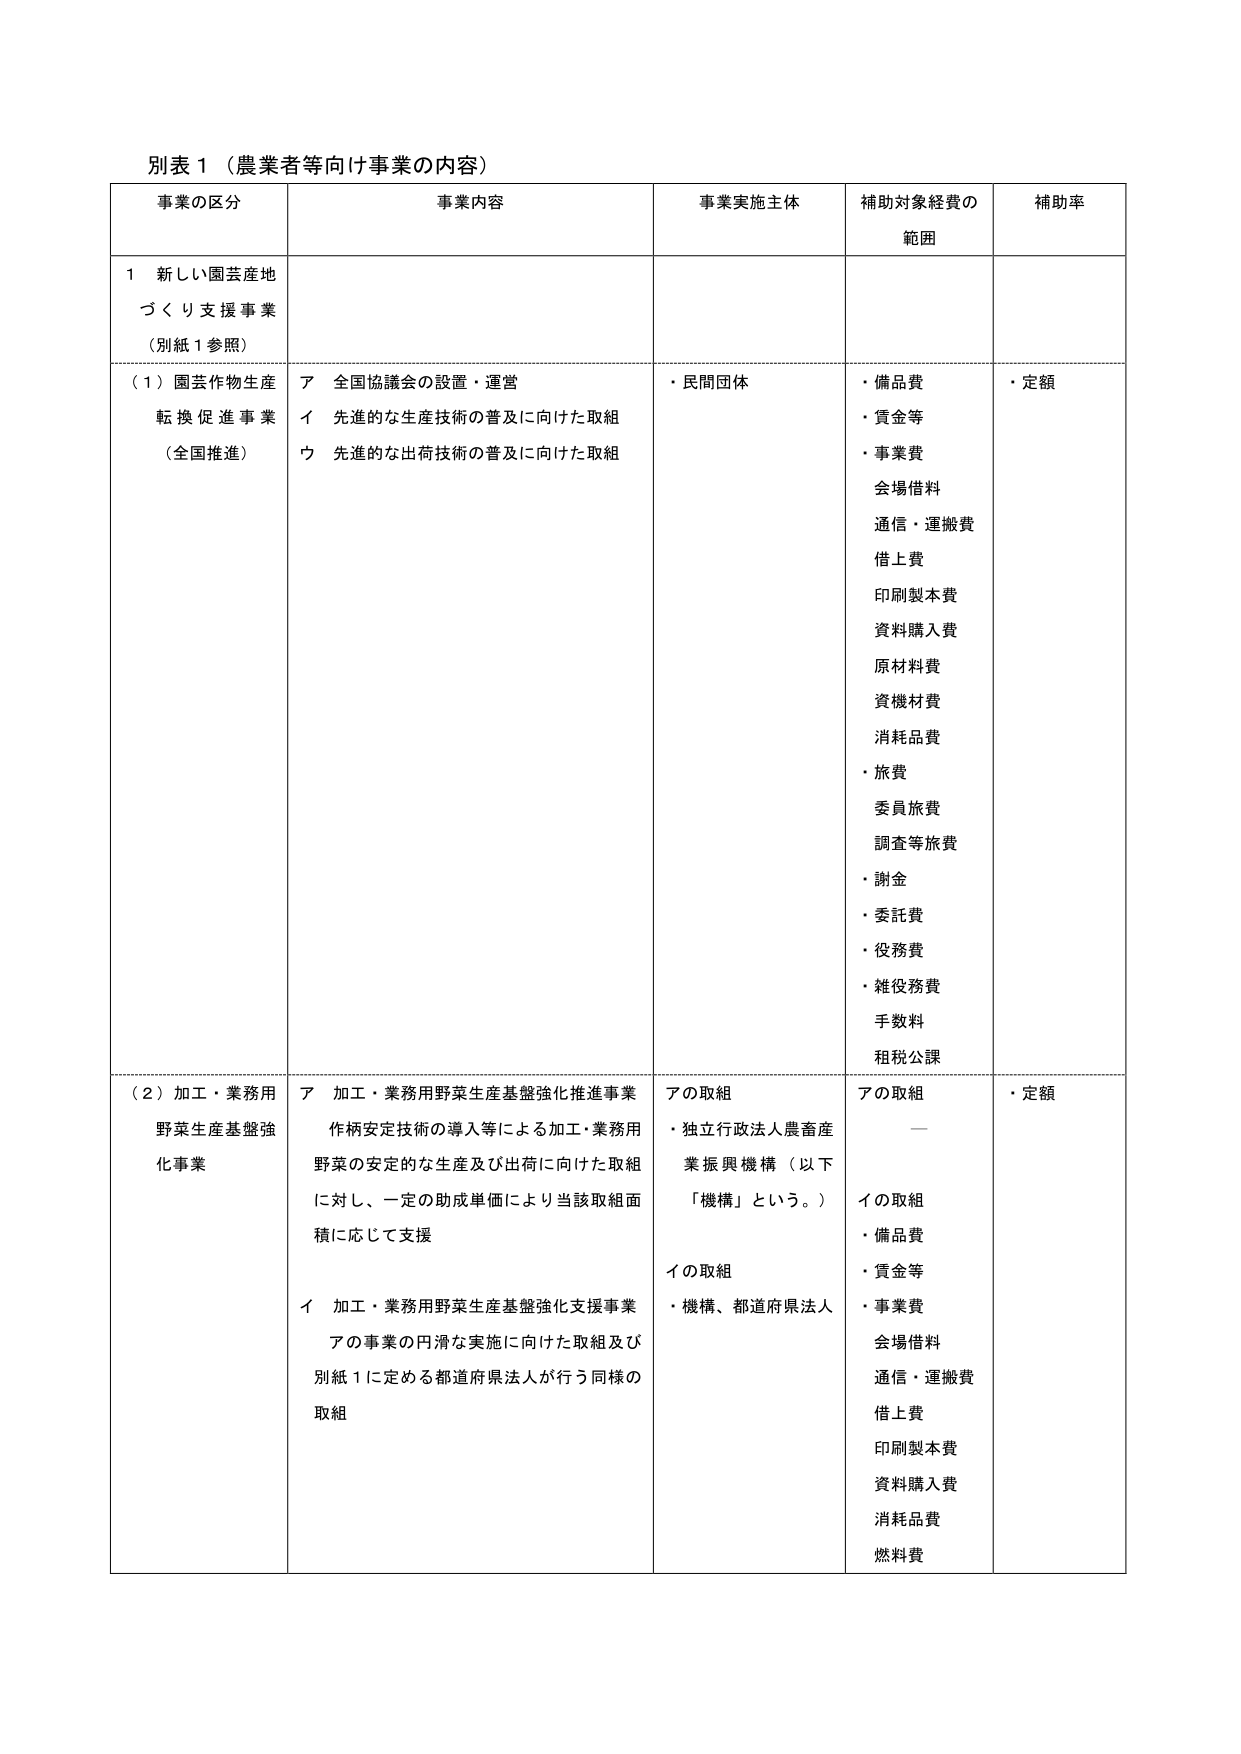
別表１（農業者等向け事業の内容）

事業の区分　　事業内容　　事業実施主体　　補助対象経費の範囲　　補助率

１ 新しい園芸産地づくり支援事業（別紙１参照）

（１）園芸作物生産転換促進事業（全国推進）
　ア 全国協議会の設置・運営
　イ 先進的な生産技術の普及に向けた取組
　ウ 先進的な出荷技術の普及に向けた取組

　・民間団体

　・備品費
　・賃金等
　・事業費
　　会場借料
　　通信・運搬費
　　借上費
　　印刷製本費
　　資料購入費
　　原材料費
　　資機材費
　　消耗品費
　・旅費
　　委員旅費
　　調査等旅費
　・謝金
　・委託費
　・役務費
　・雑役務費
　　手数料
　　租税公課

　・定額

（２）加工・業務用野菜生産基盤強化事業
　ア 加工・業務用野菜生産基盤強化推進事業
　　作柄安定技術の導入等による加工・業務用野菜の安定的な生産及び出荷に向けた取組に対し、一定の助成単価により当該取組面積に応じて支援

　イ 加工・業務用野菜生産基盤強化支援事業
　　アの事業の円滑な実施に向けた取組及び別紙１に定める都道府県法人が行う同様の取組

　アの取組
　・独立行政法人農畜産業振興機構（以下「機構」という。）

　イの取組
　・機構、都道府県法人

　アの取組
　　—

　イの取組
　・備品費
　・賃金等
　・事業費
　　会場借料
　　通信・運搬費
　　借上費
　　印刷製本費
　　資料購入費
　　消耗品費
　　燃料費

　・定額